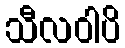
သီလဝါပိ